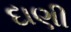
દાણી